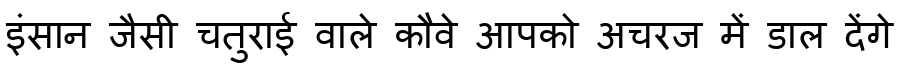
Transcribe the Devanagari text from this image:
इंसान जैसी चतुराई वाले कौवे आपको अचरज में डाल देंगे